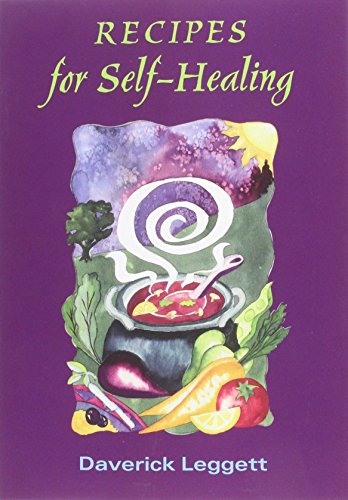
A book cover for Recipes for Self Healing; Daverick Leggett; Cookbooks, Food & Wine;